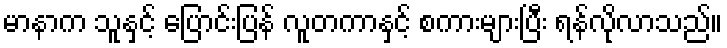
မာနာက သူနှင့် ပြောင်းပြန် လူတကာနှင့် စကားများပြီး ရန်လိုလာသည်။